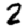
Digit: 2